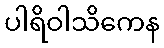
ပါရိဝါသိကေန